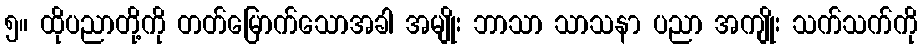
၅။ ထိုပညာတို့ကို တတ်မြောက်သောအခါ အမျိုး ဘာသာ သာသနာ ပညာ အကျိုး သက်သက်ကို